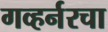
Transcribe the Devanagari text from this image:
गव्हर्नरचा